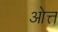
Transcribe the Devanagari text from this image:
ओत्त